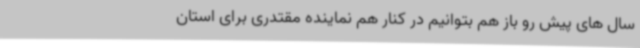
سال های پیش رو باز هم بتوانیم در کنار هم نماینده مقتدری برای استان